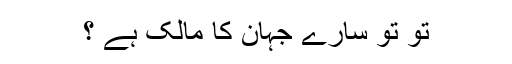
تو تو سارے جہان کا مالک ہے ؟